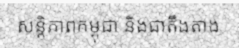
សន្តិភាពកម្ពុជា និងជាតឹងតាង